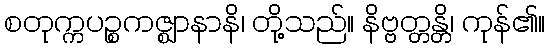
စတုက္ကပဉ္စကဇ္ဈာနာနိ၊ တို့သည်။ နိဗ္ဗတ္တန္တိ၊ ကုန်၏။